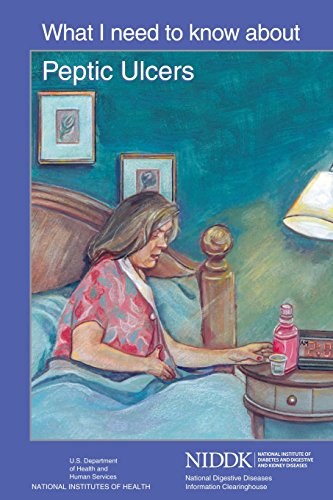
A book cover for What I Need to Know About Peptic Ulcers; U.S. Department of Health and Human Services; Health, Fitness & Dieting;